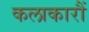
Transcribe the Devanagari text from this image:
कलाकारौं